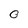
Character: O